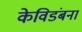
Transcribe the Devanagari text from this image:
केविडंबना